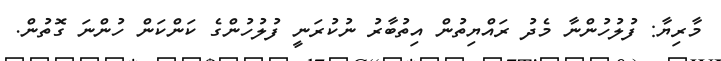
މާރިޔާ: ފުލުހުންނާ މެދު ރައްޔިތުން އިތުބާރު ނުކުރަނީ ފުލުހުންގެ ކަންކަން ހުންނަ ގޮތުން.